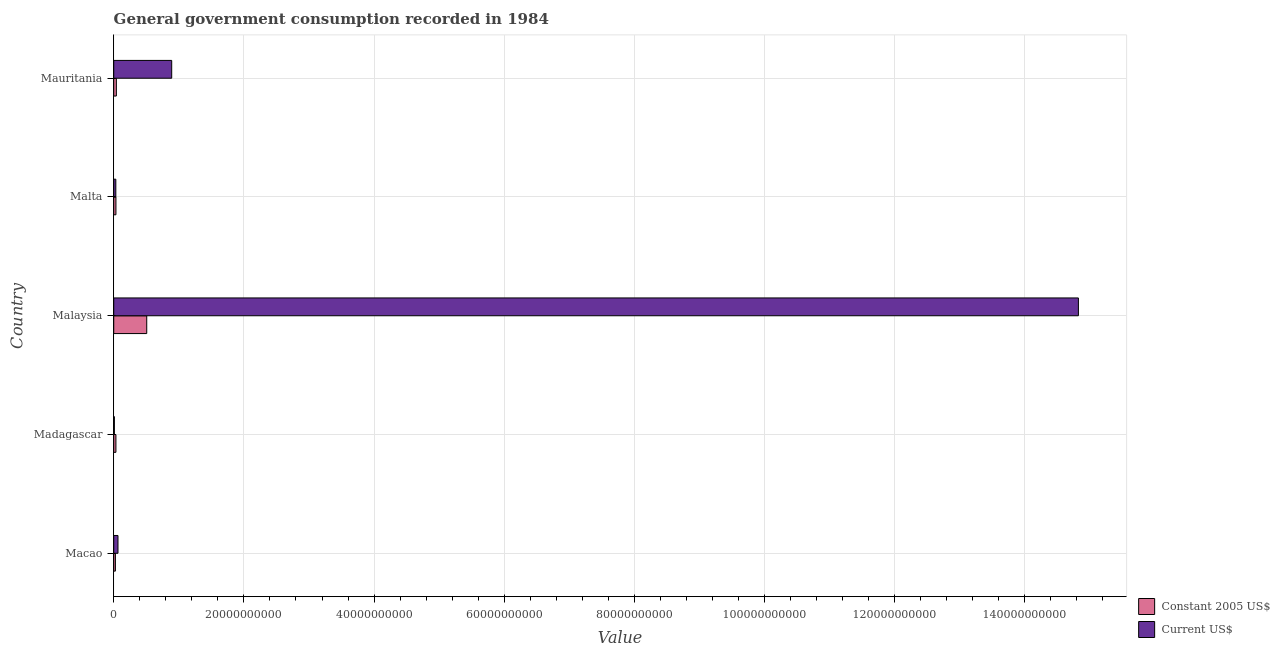
| Country | Constant 2005 US$ | Current US$ |
 | --- | --- | --- |
 | Macao | 2.57e+08 | 6.51e+08 |
 | Madagascar | 3.36e+08 | 9.67e+07 |
 | Malaysia | 5.07e+09 | 1.48e+11 |
 | Malta | 3.38e+08 | 3.2e+08 |
 | Mauritania | 4.01e+08 | 8.91e+09 |